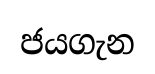
ජයගැන